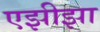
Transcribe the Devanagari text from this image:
एझीझा